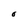
Character: O